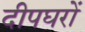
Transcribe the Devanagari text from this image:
दीपघरों